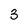
Character: 3